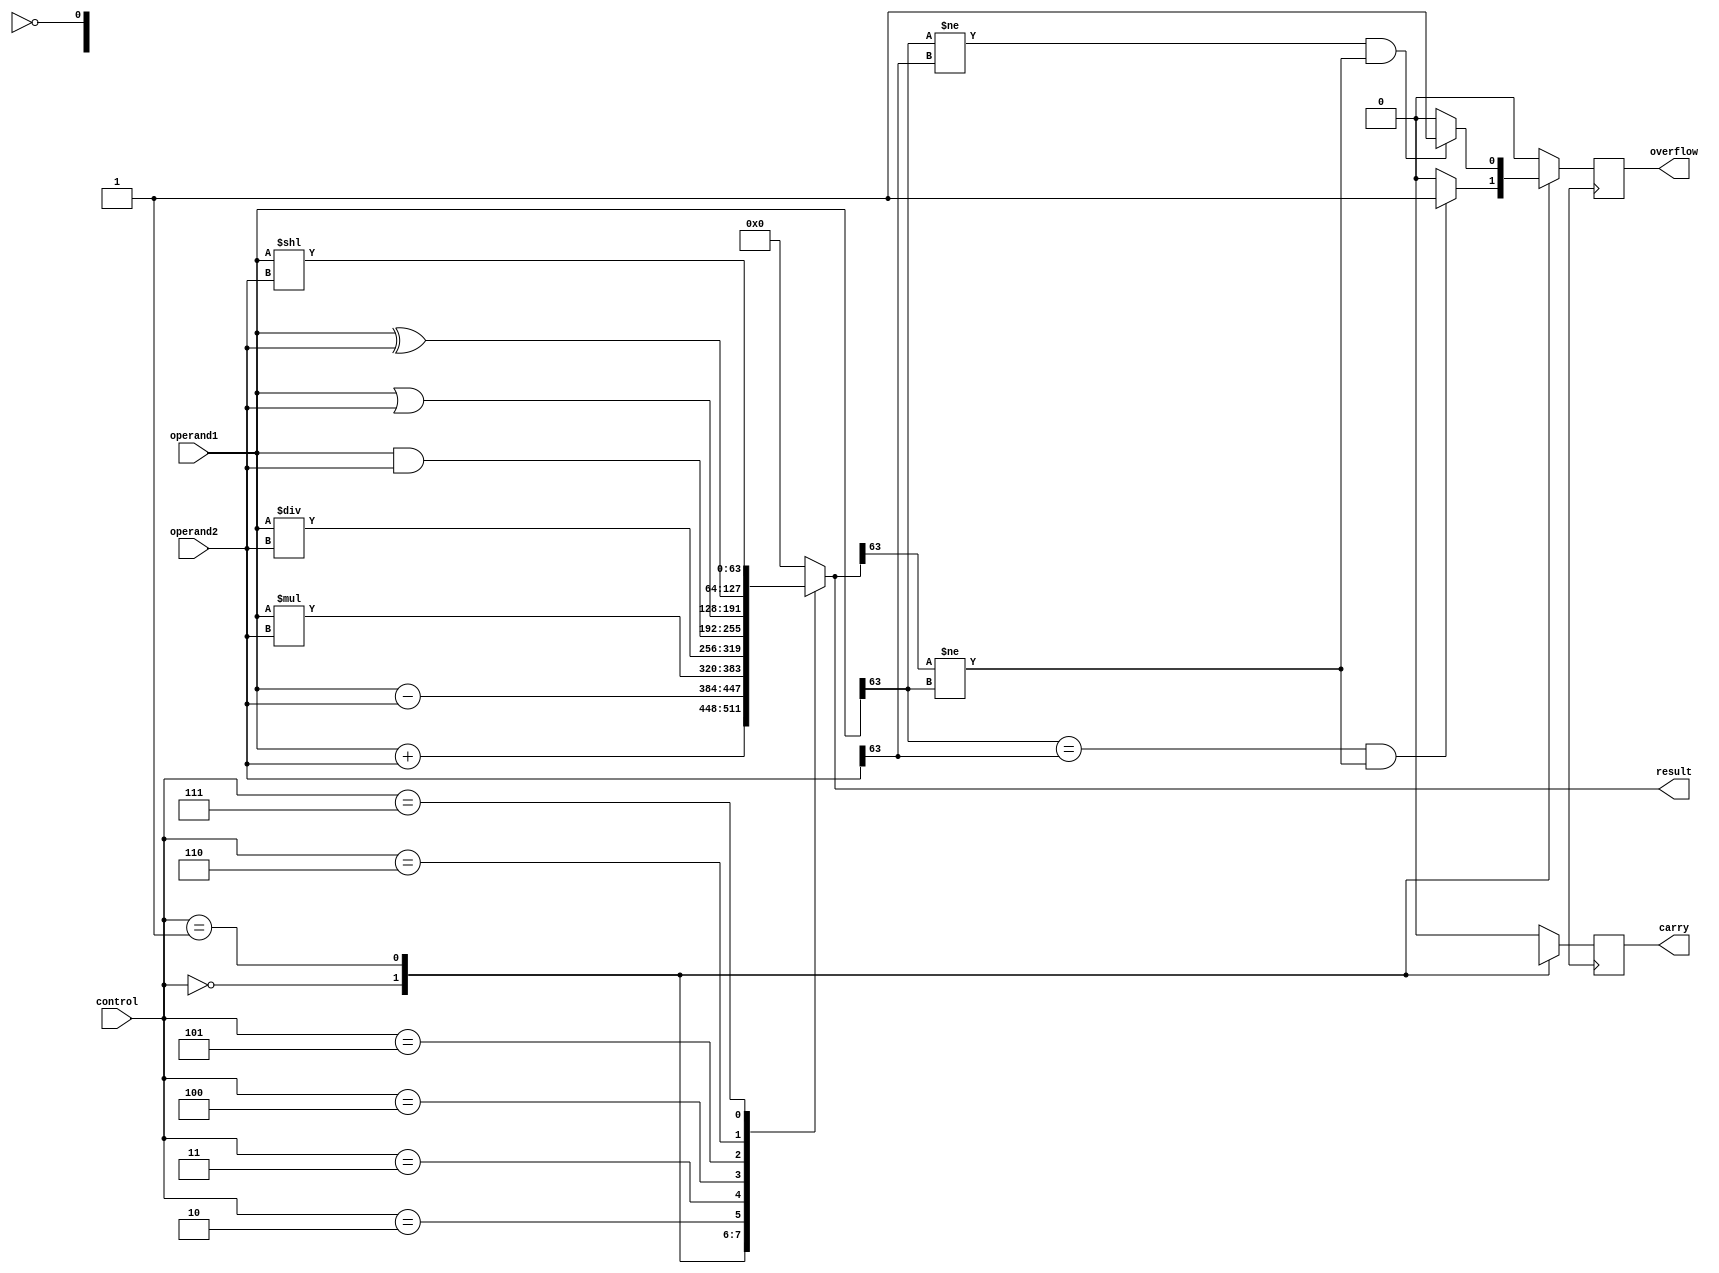
module ALU (
    input wire [63:0] operand1,
    input wire [63:0] operand2,
    input wire [3:0] control,
    output reg [63:0] result,
    output reg carry,
    output reg overflow
);

always @(*)
begin
    case(control)
        4'b0000: result = operand1 + operand2; // Addition
        4'b0001: result = operand1 - operand2; // Subtraction
        4'b0010: result = operand1 * operand2; // Multiplication
        4'b0011: result = operand1 / operand2; // Division
        4'b0100: result = operand1 & operand2; // Bitwise AND
        4'b0101: result = operand1 | operand2; // Bitwise OR
        4'b0110: result = operand1 ^ operand2; // Bitwise XOR
        4'b0111: result = operand1 << operand2; // Bitwise shift left by operand2 bits
        default: result = 64'b0;
    endcase
end

always @(posedge clk)
begin
    case(control)
        4'b0000: begin carry = result[64]; overflow = (operand1[63] == operand2[63] && result[63] != operand1[63]) ? 1 : 0; end
        4'b0001: begin carry = ~borrow; overflow = (operand1[63] != operand2[63] && result[63] != operand1[63]) ? 1 : 0; end
        default: begin carry = 1'b0; overflow = 1'b0; end
    endcase
end

endmodule